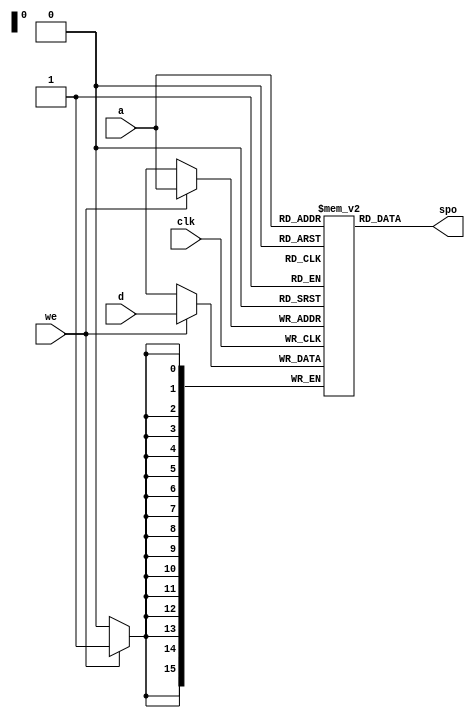
`timescale 1ns / 1ps
//////////////////////////////////////////////////////////////////////////////////
// Company: 
// Engineer: 
// 
// Design Name: 
// Module Name:    LC3_RAMblock 
// Project Name: 
// Target Devices: 
// Tool versions: 
// Description: 
//
// Dependencies: 
//
// Revision: 
// Revision 0.01 - File Created
// Additional Comments: 
//
//////////////////////////////////////////////////////////////////////////////////
module LC3_RAMblock(
		input [15 : 0] a,
		input [15 : 0] d,
		input clk,
		input we,
		output [15 : 0] spo
    );
	 
	 (*  ram_init_file = "LC3MEM.mif " *)reg	[15:0]	block	[65535:0];
	 
	 initial block[16'h002]=16'h700;
	 initial block[16'h180]=16'h200;
	 
	 initial block[16'h200]=16'b0010000000000001; //LD R0,#2
	 initial block[16'h201]=16'b1100000000000000; //JMP R0
	 initial block[16'h202]=16'h203;
	 initial block[16'h203]=16'b1010001000000011; //LDI R1,#3
	 initial block[16'h204]=16'b0110010001000000; //LDR R2,R1,#0
	 initial block[16'h205]=16'b0100000010000000; //JSRR R2
	 initial block[16'h206]=16'b1111000000000010; //TRAP x02
	 initial block[16'h207]=16'h208;					 
	 initial block[16'h208]=16'h209;
	 initial block[16'h209]=16'h20a;
	 initial block[16'h20a]=16'b1100000111000000; //RET
	 
	 //set keyboard interrupt
	 initial block[16'h6fe]=16'b0100000000000000;
	 initial block[16'h6ff]=16'hfe00;				 //KBSR
	 initial block[16'h700]=16'b0010011111111101; //LD  R3,#-3
	 initial block[16'h701]=16'b1011011111111101; //STI R3,#-3
	 initial block[16'h702]=16'b1100000111000000; //RET
	 
	 

	 

	 always@(posedge clk)	begin
		if(we)
			block[a]<=d;
	 end
	 
	 assign	spo=block[a];

endmodule